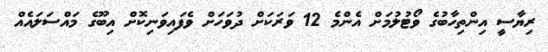
ރިޔާސީ އިންތިހާބުގެ ވޯޓުލުމަށް އެންމެ 12 ވަރަކަށް ދުވަހަށް ވެފައިވަނިކޮށް އިބޫގެ މައްސަލައެއް